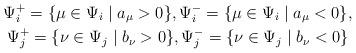
LaTeX: \begin{gather*}\Psi_i^+ = \lbrace \mu \in \Psi_i \mid a_\mu > 0 \rbrace, \Psi_i^- = \lbrace \mu \in \Psi_i \mid a_\mu < 0 \rbrace, \\\Psi_j^+ = \lbrace \nu \in \Psi_j \mid b_\nu > 0 \rbrace, \Psi_j^- = \lbrace \nu \in \Psi_j \mid b_\nu < 0 \rbrace\end{gather*}